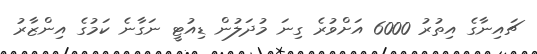
ޗައިނާގެ އިތުރު 6000 އަށްވުރެ ގިނަ މުދަލުން ޑިއުޓީ ނަގާނެ ކަމުގެ އިންޒާރު